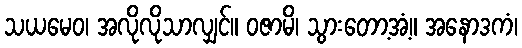
သယမေဝ၊ အလိုလိုသာလျှင်။ ဝဇာမိ၊ သွားတော့အံ့။ အနောဒကံ၊